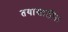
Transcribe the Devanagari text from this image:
तयासाठी।।